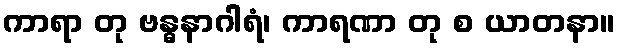
ကာရာ တု ဗန္ဓနာဂါရံ၊ ကာရဏာ တု စ ယာတနာ။